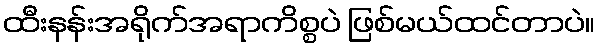
ထီးနန်းအရိုက်အရာကိစ္စပဲ ဖြစ်မယ်ထင်တာပဲ။